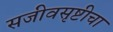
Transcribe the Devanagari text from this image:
सजीवसृष्टीचा